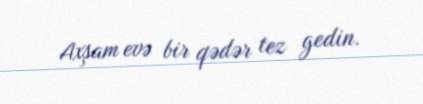
Axşam evə bir qədər tez gedin.